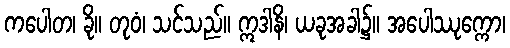
ကပေါတ၊ ခို။ တုဝံ၊ သင်သည်။ ဣဒါနိ၊ ယခုအခါ၌။ အပေါဿုက္ကော၊